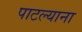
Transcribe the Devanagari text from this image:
पाटल्याना